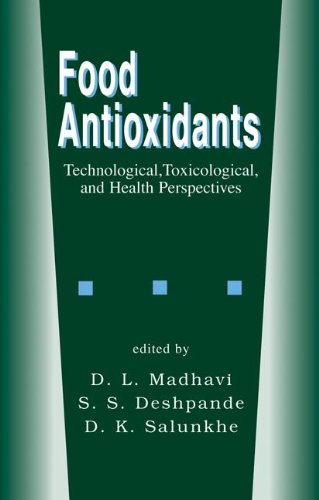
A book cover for Food Antioxidants: Technological: Toxicological and Health Perspectives (Food Science and Technology); D.L. Madhavi; Health, Fitness & Dieting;